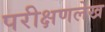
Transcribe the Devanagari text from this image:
परीक्षणलेख